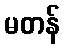
မတန်